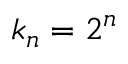
k _ { n } = 2 ^ { n }